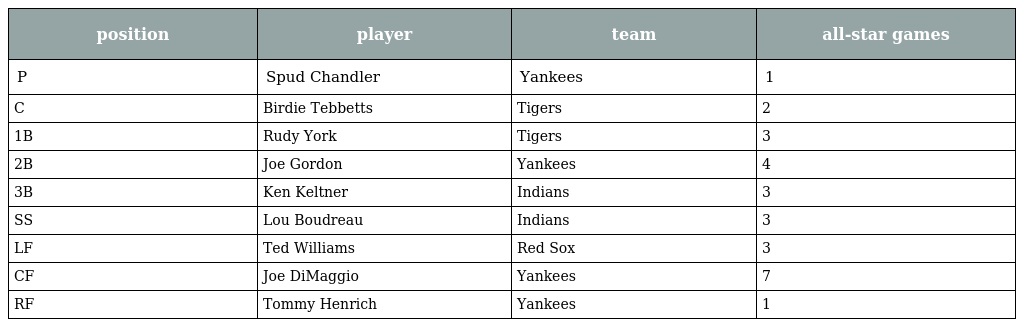
| position | player | team | all-star games |
 | --- | --- | --- | --- |
 | P | Spud Chandler | Yankees | 1 |
 | C | Birdie Tebbetts | Tigers | 2 |
 | 1B | Rudy York | Tigers | 3 |
 | 2B | Joe Gordon | Yankees | 4 |
 | 3B | Ken Keltner | Indians | 3 |
 | SS | Lou Boudreau | Indians | 3 |
 | LF | Ted Williams | Red Sox | 3 |
 | CF | Joe DiMaggio | Yankees | 7 |
 | RF | Tommy Henrich | Yankees | 1 |